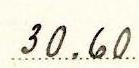
30.60